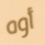
أوه